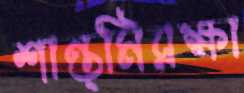
শান্ত্মিরক্ষা